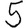
Digit: 5